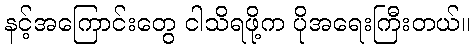
နင့်အကြောင်းတွေ ငါသိရဖို့က ပိုအရေးကြီးတယ်။